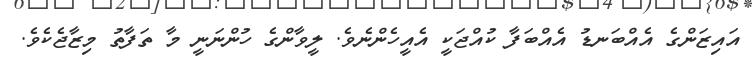
އައިޒަންގެ އެއްބަނޑު އެއްބަފާ ކުއްޖަކީ އެއީހެންނެވެ. ލީވާންގެ ހުންނަނީ މާ ތަފާތު މިޒާޖެކެވެ.